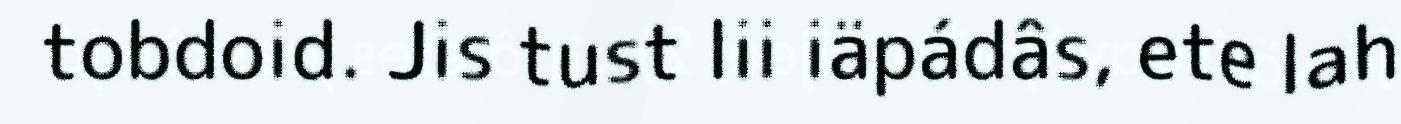
tobdoid. Jis tust lii iäpádâs, ete lah